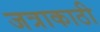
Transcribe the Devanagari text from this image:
जत्राकाठी